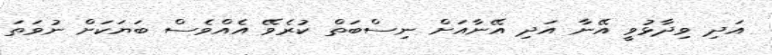
އަދި ވިދާޅުވީ އޭނާ އަދި އޭނާއަށް ނިސްބަތް ކުރެވޭ އެއްވެސް ބަޔަކަށް ނުވަތަ